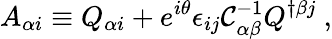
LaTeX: A_{\alpha i}\equiv Q_{\alpha i}+e^{i\theta}\epsilon_{ij}{\cal C}_{\alpha\beta}^{-1}Q^{\dagger\beta j}\ ,